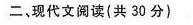
二、现代文阅读(共30分)